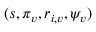
( s , \pi _ { v } , r _ { i , v } , \psi _ { v } )